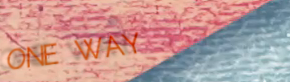
ONE WAY